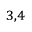
^ { 3 , 4 }